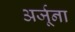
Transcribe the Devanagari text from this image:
अर्जूना